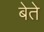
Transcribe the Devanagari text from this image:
बेते